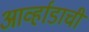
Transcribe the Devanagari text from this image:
आर्व्हाडाची